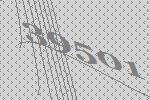
39501